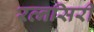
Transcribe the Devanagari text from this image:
रत्नसिरी